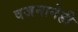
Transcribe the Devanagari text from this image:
वजनानेही